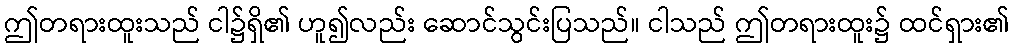
ဤတရားထူးသည် ငါ၌ရှိ၏ ဟူ၍လည်း ဆောင်သွင်းပြသည်။ ငါသည် ဤတရားထူး၌ ထင်ရှား၏